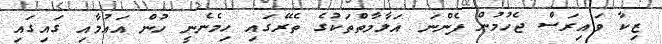
ޒިކާ ވައިރަސް ޖެހުމުން ފެންނަ އަލާމާތްތަކުގެ ތެރޭގައި ހިމެނެނީ ހުން އައުމާއި ގައިގައި